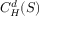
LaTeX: C _ { H } ^ { d } ( S )